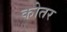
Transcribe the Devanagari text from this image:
कोतर